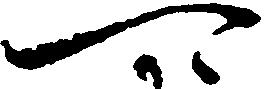
可